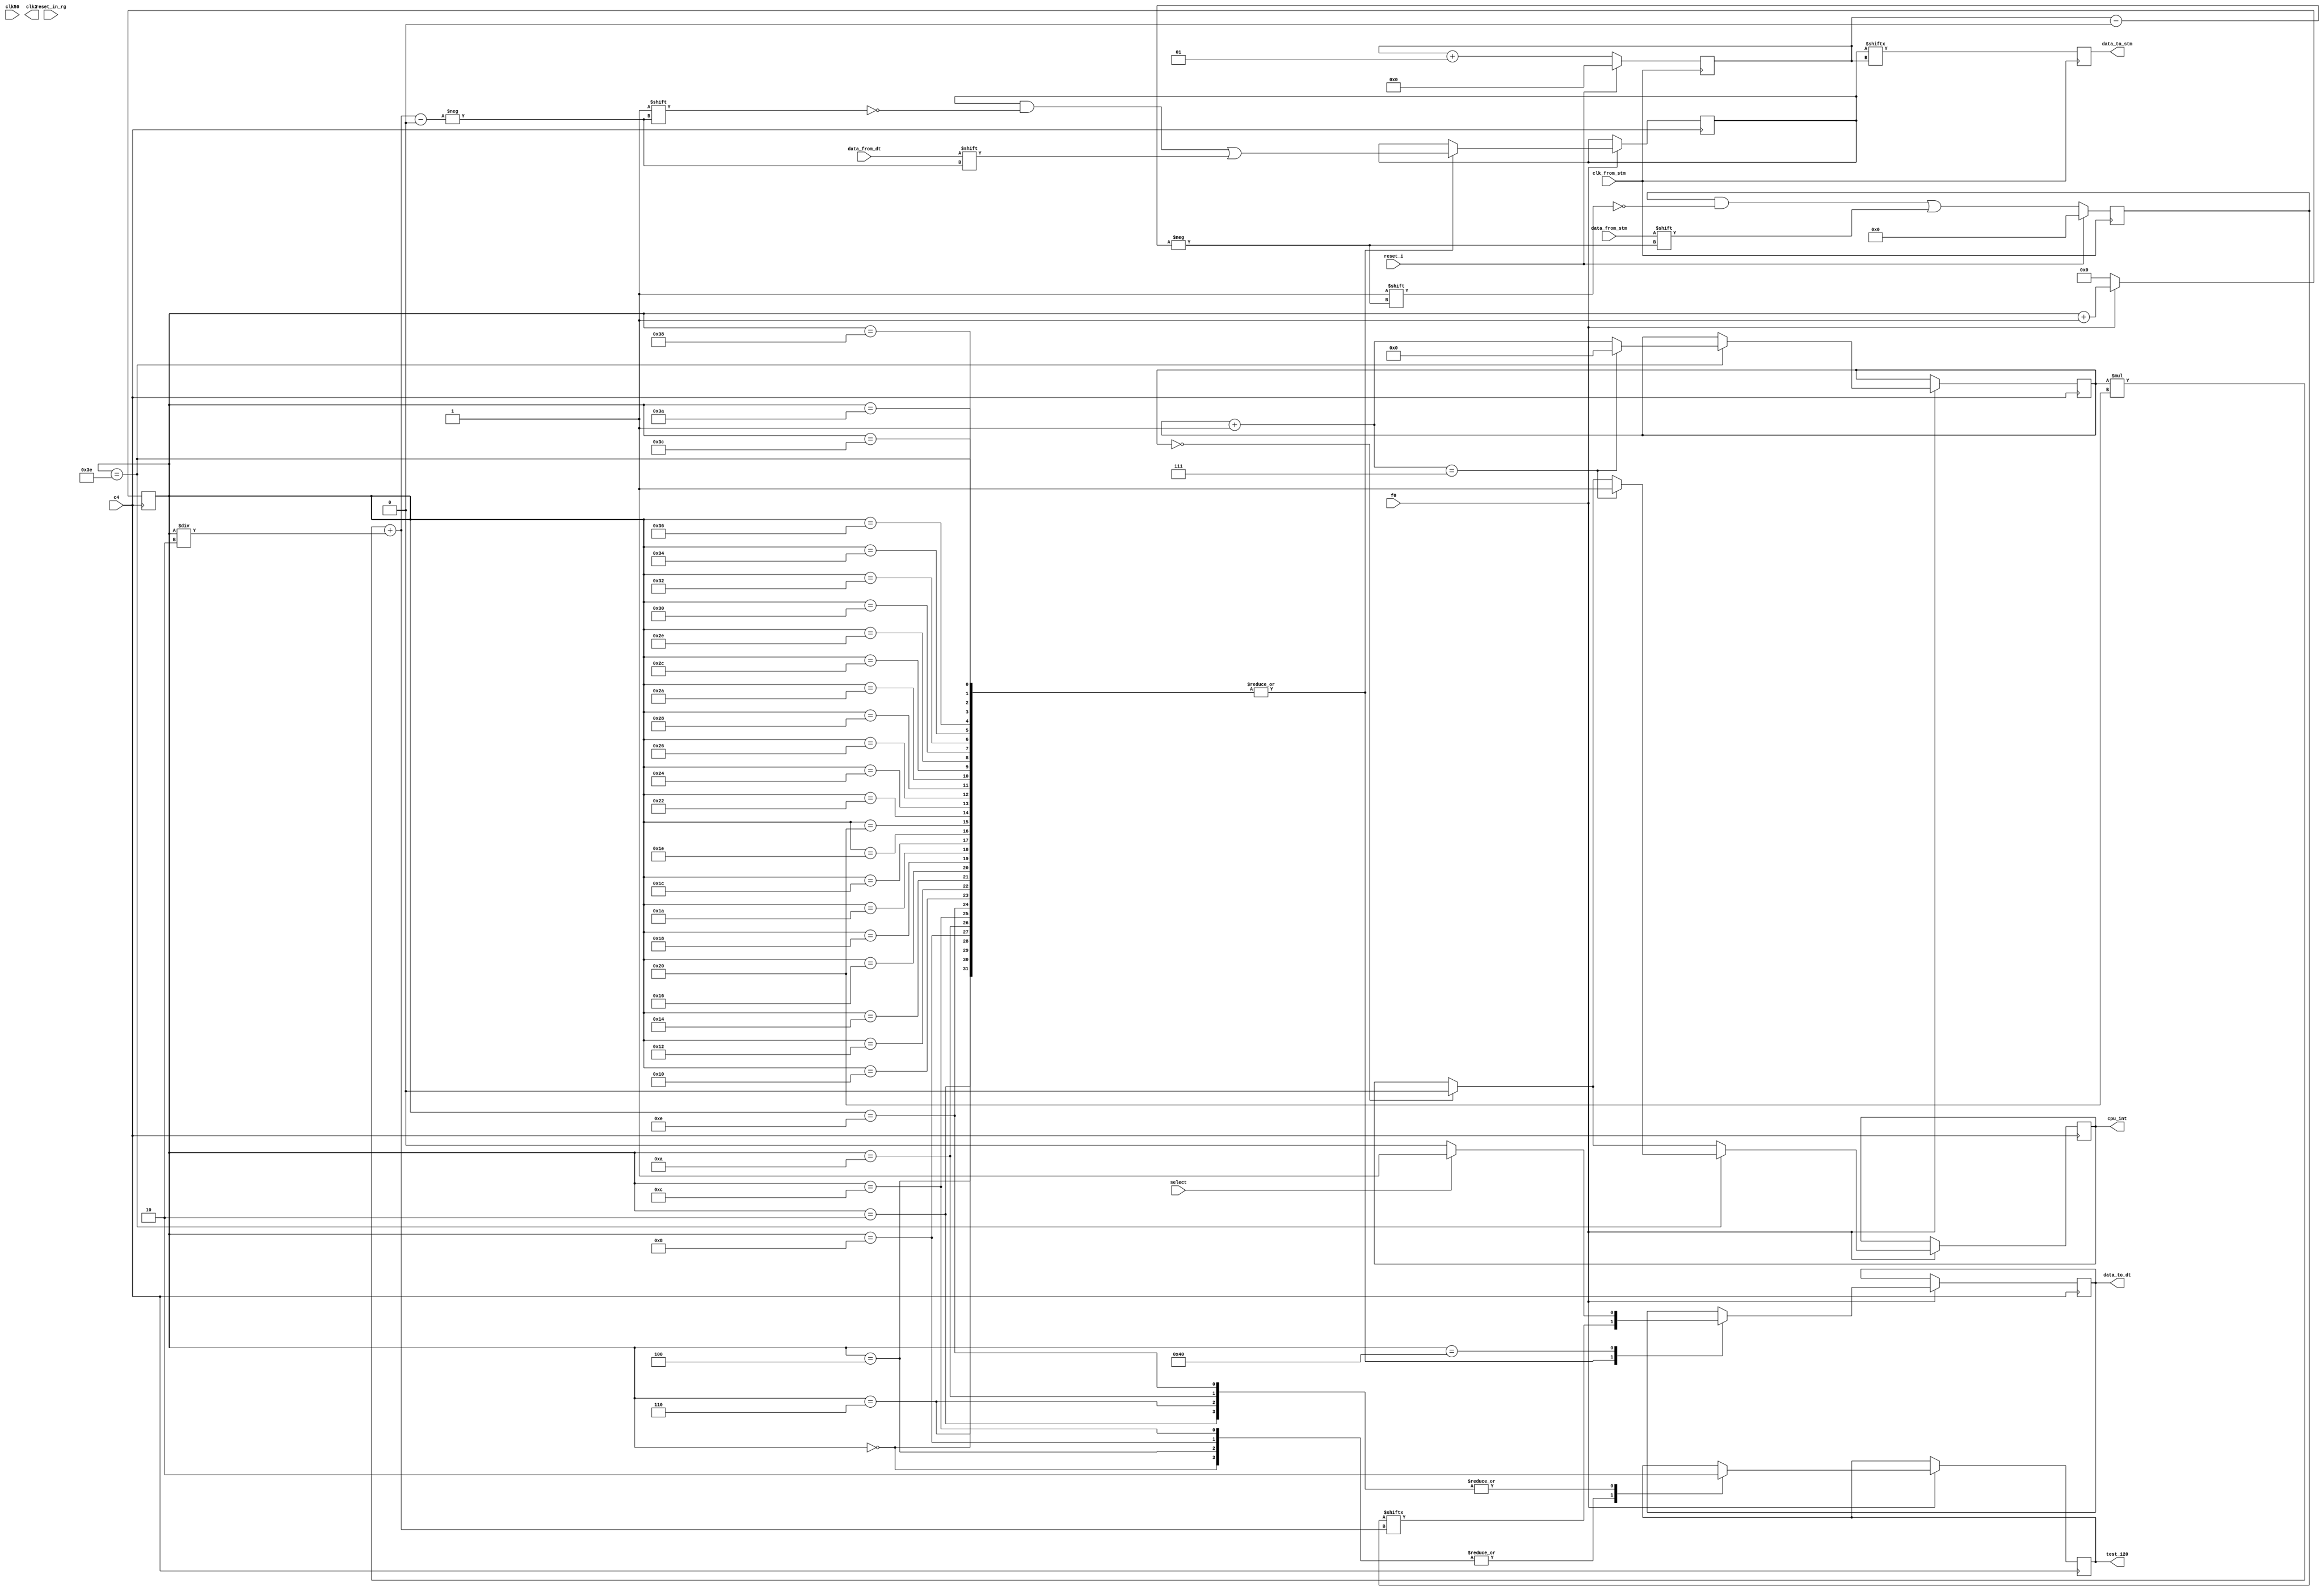
`timescale 1ns / 1ps
module converter (
   input wire f0,
   input wire c4,
   input wire select,
   input wire data_from_dt,
   input wire data_from_stm,
   input wire clk_from_stm,
   input wire reset_i,
   input wire reset_in_rg,
   input clk50,
   output reg clk2,
   output reg test_120,
   output reg data_to_dt,
   output reg data_to_stm,
   output reg cpu_int = 0

   );
reg [9:0] counter = 0;
reg [5:0] data = 0;
reg [4:0] counter_f0 = 0;

parameter num_byte_in_buffer = 8;

//    reg [19:0] count_20 = 0;
// always @(posedge clk50) begin
//    count_20 <= count_20 + 1;
//    if(count_20 == 1024)
//    // 2 - 25 000 000
//    // 4 - 12 500 000
//    begin
//       count_20<=0;
//       clk2 <= !clk2;
//    end
// end

always @(clk50)
   begin
   // clk2 = clk50;
   end

   integer i = 0;
   reg [(num_byte_in_buffer * 4 * 8 - 1):0] reg_in = 0;
   reg [(num_byte_in_buffer * 4 * 8 - 1):0] reg_out = 0;

   always @(negedge clk_from_stm)
   begin
   // reg_out[(i)] <= data_from_stm;
   end

   always @(posedge clk_from_stm)
   begin
      data_to_stm <= reg_in[(i)];
      reg_out[(i)] <= data_from_stm;
      i = i + 1;
      // if ( i == num_byte_in_buffer * 4 * 8 ) begin
      if ( reset_i == 1 ) begin
        i = 0;
        reg_out <= 0;
      end 
   end

   // always @(negedge c4)
   // begin

   //    endcase
   // end



   always @(negedge c4)
   if (f0 == 0) begin 
      counter = 0;
   end else
   begin
      if (counter_f0 == 0) begin
      cpu_int <= 0;
      end   

      case (counter)
         0: begin test_120 = 1; reg_in[counter_f0 * 32 + counter/2] = data_from_dt; data_to_dt = reg_out[counter_f0 * 32 + counter/2] ; end 
         2: begin test_120 = 0; reg_in[counter_f0 * 32 + counter/2] = data_from_dt; data_to_dt = reg_out[counter_f0 * 32 + counter/2] ; end
         4: begin test_120 = 1; reg_in[counter_f0 * 32 + counter/2] = data_from_dt; data_to_dt = reg_out[counter_f0 * 32 + counter/2] ; end
         6: begin test_120 = 0; reg_in[counter_f0 * 32 + counter/2] = data_from_dt; data_to_dt = reg_out[counter_f0 * 32 + counter/2] ; end
         8: begin test_120 = 1; reg_in[counter_f0 * 32 + counter/2] = data_from_dt; data_to_dt = reg_out[counter_f0 * 32 + counter/2] ; end
         10: begin test_120 = 0; reg_in[counter_f0 * 32 + counter/2] = data_from_dt; data_to_dt = reg_out[counter_f0 * 32 + counter/2] ; end
         12: begin test_120 = 1; reg_in[counter_f0 * 32 + counter/2] = data_from_dt; data_to_dt = reg_out[counter_f0 * 32 + counter/2] ; end
         14: begin test_120 = 0; reg_in[counter_f0 * 32 + counter/2] = data_from_dt; data_to_dt = reg_out[counter_f0 * 32 + counter/2] ; end
         
         16: begin reg_in[counter_f0 * 32 + counter/2] = data_from_dt; data_to_dt = reg_out[counter_f0 * 32 + counter/2] ; end
         18: begin reg_in[counter_f0 * 32 + counter/2] = data_from_dt; data_to_dt = reg_out[counter_f0 * 32 + counter/2] ; end
         20: begin reg_in[counter_f0 * 32 + counter/2] = data_from_dt; data_to_dt = reg_out[counter_f0 * 32 + counter/2] ; end
         22: begin reg_in[counter_f0 * 32 + counter/2] = data_from_dt; data_to_dt = reg_out[counter_f0 * 32 + counter/2] ; end
         24: begin reg_in[counter_f0 * 32 + counter/2] = data_from_dt; data_to_dt = reg_out[counter_f0 * 32 + counter/2] ; end
         26: begin reg_in[counter_f0 * 32 + counter/2] = data_from_dt; data_to_dt = reg_out[counter_f0 * 32 + counter/2] ; end
         28: begin reg_in[counter_f0 * 32 + counter/2] = data_from_dt; data_to_dt = reg_out[counter_f0 * 32 + counter/2] ; end
         30: begin reg_in[counter_f0 * 32 + counter/2] = data_from_dt; data_to_dt = reg_out[counter_f0 * 32 + counter/2] ; end
         

         32: begin reg_in[counter_f0 * 32 + counter/2] = data_from_dt; data_to_dt = reg_out[counter_f0 * 32 + counter/2] ; end
         34: begin reg_in[counter_f0 * 32 + counter/2] = data_from_dt; data_to_dt = reg_out[counter_f0 * 32 + counter/2] ; end
         36: begin reg_in[counter_f0 * 32 + counter/2] = data_from_dt; data_to_dt = reg_out[counter_f0 * 32 + counter/2] ; end
         38: begin reg_in[counter_f0 * 32 + counter/2] = data_from_dt; data_to_dt = reg_out[counter_f0 * 32 + counter/2] ; end
         40: begin reg_in[counter_f0 * 32 + counter/2] = data_from_dt; data_to_dt = reg_out[counter_f0 * 32 + counter/2] ; end
         42: begin reg_in[counter_f0 * 32 + counter/2] = data_from_dt; data_to_dt = reg_out[counter_f0 * 32 + counter/2] ; end
         44: begin reg_in[counter_f0 * 32 + counter/2] = data_from_dt; data_to_dt = reg_out[counter_f0 * 32 + counter/2] ; end
         46: begin reg_in[counter_f0 * 32 + counter/2] = data_from_dt; data_to_dt = reg_out[counter_f0 * 32 + counter/2] ; end
         
         48: begin reg_in[counter_f0 * 32 + counter/2] = data_from_dt; data_to_dt = reg_out[counter_f0 * 32 + counter/2] ; end
         50: begin reg_in[counter_f0 * 32 + counter/2] = data_from_dt; data_to_dt = reg_out[counter_f0 * 32 + counter/2] ; end
         52: begin reg_in[counter_f0 * 32 + counter/2] = data_from_dt; data_to_dt = reg_out[counter_f0 * 32 + counter/2] ; end
         54: begin reg_in[counter_f0 * 32 + counter/2] = data_from_dt; data_to_dt = reg_out[counter_f0 * 32 + counter/2] ; end
         56: begin reg_in[counter_f0 * 32 + counter/2] = data_from_dt; data_to_dt = reg_out[counter_f0 * 32 + counter/2] ; end
         58: begin reg_in[counter_f0 * 32 + counter/2] = data_from_dt; data_to_dt = reg_out[counter_f0 * 32 + counter/2] ; end
         60: begin reg_in[counter_f0 * 32 + counter/2] = data_from_dt; data_to_dt = reg_out[counter_f0 * 32 + counter/2] ; end
         62:   begin
                  reg_in[counter_f0 * 32 + counter/2] = data_from_dt; 
                  data_to_dt = reg_out[counter_f0 * 32 + counter/2]; 

                  counter_f0 = counter_f0 + 1;
                  if (counter_f0 == num_byte_in_buffer -1 ) begin
                        cpu_int <= 1;
                        counter_f0 = 0;
                  end

               end
         64:   begin 
               if (select == 0) data_to_dt = 0;
               if (select == 1) data_to_dt = 1;
               end


      endcase
      counter <= counter + 1;
      
   end


endmodule